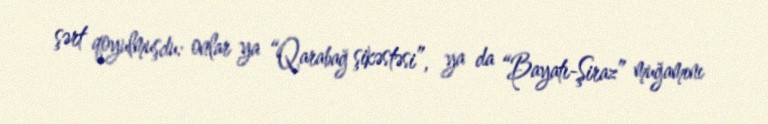
şərt qoyulmuşdu: onlar ya “Qarabağ şikəstəsi”, ya da “Bayatı-Şiraz” muğamını